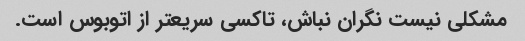
مشکلی نیست نگران نباش، تاکسی سریعتر از اتوبوس است.